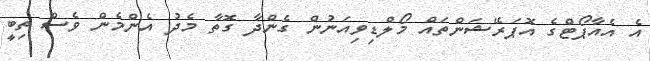
އެ އެއާޕޯޓްގެ އޮޕަރޭޝަންތައް މޯލްޑިވިއަނުން ގެންދާ ގޮތާ މެދު އެންމެން ވެސް ތިބީ